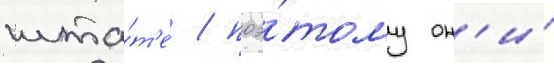
шта́т'е / поэ́тому он'и́